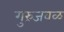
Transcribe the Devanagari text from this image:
गुरुंजवळ